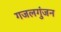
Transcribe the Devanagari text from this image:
गजलगुंजन